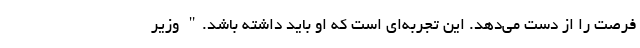
فرصت را از دست می‌دهد. این تجربه‌ای است که او باید داشته باشد." وزیر